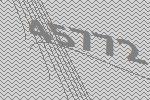
45772